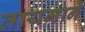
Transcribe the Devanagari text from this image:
तायमाने